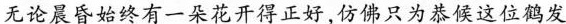
无论晨昏始终有一朵花开得正好，仿佛只为恭候这位鹤发